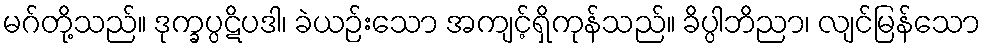
မဂ်တို့သည်။ ဒုက္ခပ္ပဋိပဒါ၊ ခဲယဉ်းသော အကျင့်ရှိကုန်သည်။ ခိပ္ပါဘိညာ၊ လျင်မြန်သော